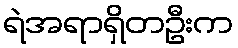
ရဲအရာရှိတဦးက